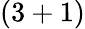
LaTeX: (3+1)